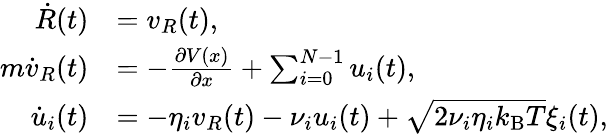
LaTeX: \begin{array}{rl}{\dot{R}(t)}&{=v_{R}(t),}\\ {m\dot{v}_{R}(t)}&{=-\frac{\partial V(x)}{\partial x}+\sum_{i=0}^{N-1}u_{i}(t),}\\ {\dot{u}_{i}(t)}&{=-\eta_{i}v_{R}(t)-\nu_{i}u_{i}(t)+\sqrt{2\nu_{i}\eta_{i}k_{\mathrm{B}}T}\xi_{i}(t),}\end{array}